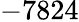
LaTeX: -7824